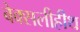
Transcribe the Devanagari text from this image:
बेक्सलीहीथ